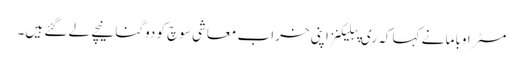
مسٹر اوباما نے کہا کہ ری پبلیکنز اپنی خراب معاشی سوچ کو دوگنا نیچے لے گئے ہیں۔